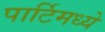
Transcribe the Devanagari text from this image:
पार्टिमध्ये